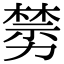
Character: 𠢵